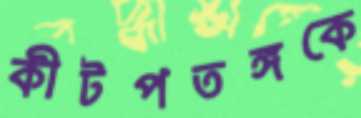
কীটপতঙ্গকে